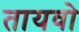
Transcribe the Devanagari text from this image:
तायवो